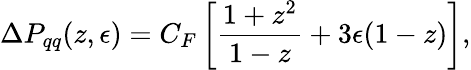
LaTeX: \Delta P_{qq}(z,\epsilon)=C_{F}\left[\frac{1+z^{2}}{1-z}+3\epsilon(1-z)\right],